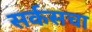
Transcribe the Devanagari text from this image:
सर्कसचा